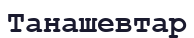
Танашевтар